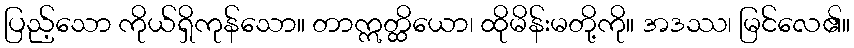
ပြည့်သော ကိုယ်ရှိကုန်သော။ တာဣတ္ထိယော၊ ထိုမိန်းမတို့ကို။ အဒဿ၊ မြင်လေ၏။